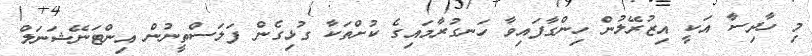
މި ހާދިސާ އަކީ އިޒުރޭލުން ހިންގާފައިވާ ހަނގުރާމައިގެ ކުށްތަކާ ގުޅިގެން ފަލަސްތީނުން އިންޓަނޭޝަނަލް